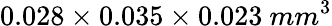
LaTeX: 0.028\times 0.035\times 0.023~mm^{3}